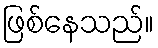
ဖြစ်နေသည်။